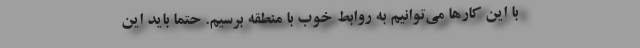
با این کارها می‌توانیم به روابط خوب با منطقه برسیم. حتما باید این